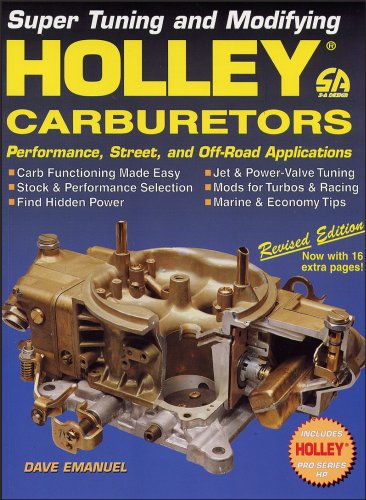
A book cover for Holley Carburetors; Dave Emanuel; Engineering & Transportation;